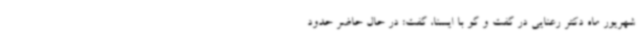
شهریور ماه دکتر رعنایی در گفت و گو با ایسنا، گفت: در حال حاضر حدود